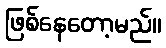
ဖြစ်နေတော့မည်။